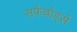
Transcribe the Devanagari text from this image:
सर्फबोर्ड्स